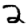
Digit: 2